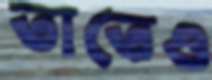
তাতেও